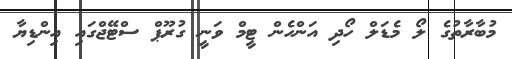
މުބާރާތުގެ ލޯ މެޑަލް ހޯދި އަންހެން ޓީމް ވަނީ ގުރޫޕް ސްޓޭޖްގައި އިންޑިޔާ